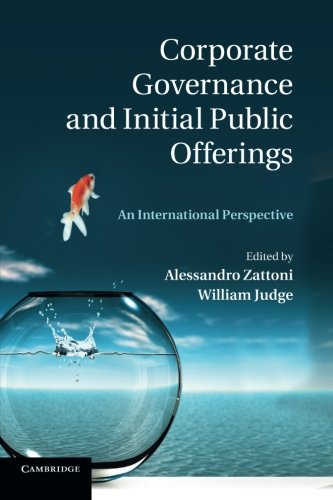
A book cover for Corporate Governance and Initial Public Offerings: An International Perspective; Business & Money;